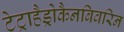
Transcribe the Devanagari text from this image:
टेट्राहैड्रोकैनबिवरिन